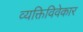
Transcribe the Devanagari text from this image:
व्यक्तिविवेकार